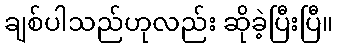
ချစ်ပါသည်ဟုလည်း ဆိုခဲ့ပြီးပြီ။